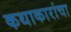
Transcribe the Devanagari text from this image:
कथाकारांचा